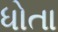
ધોતા